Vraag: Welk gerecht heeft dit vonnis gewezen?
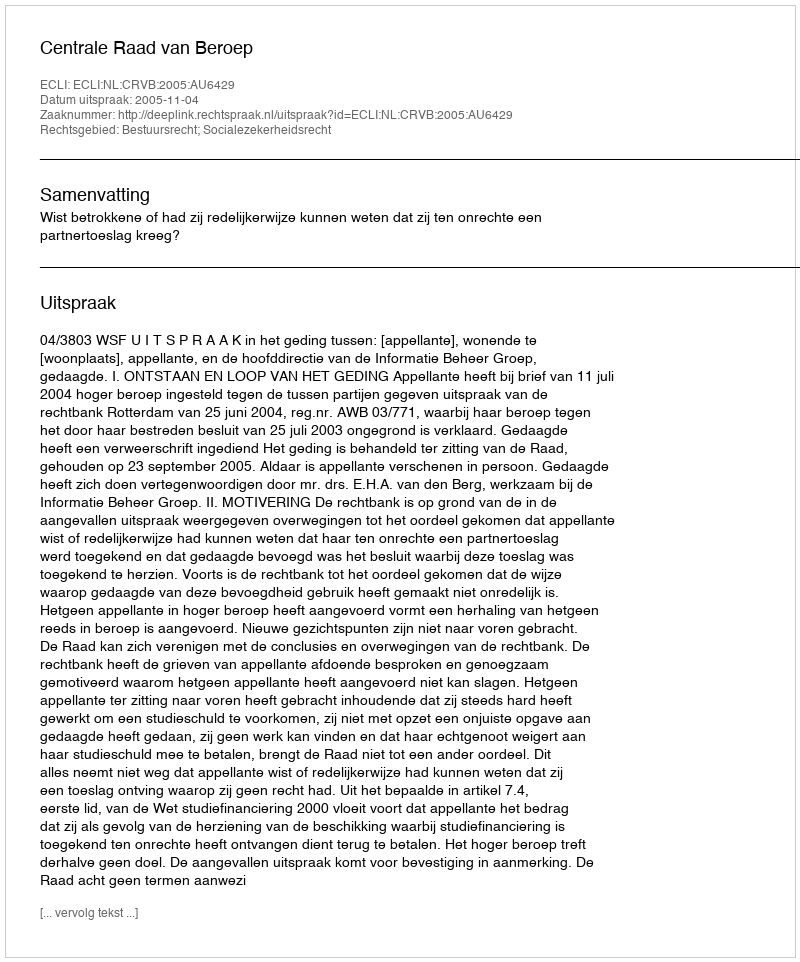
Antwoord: Centrale Raad van Beroep